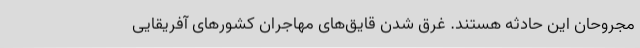
مجروحان این حادثه هستند. غرق شدن قایق‌های مهاجران کشورهای آفریقایی